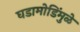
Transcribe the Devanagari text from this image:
घडामोडिंमुळे